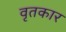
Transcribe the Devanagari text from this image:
वृतकार